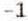
-1